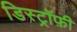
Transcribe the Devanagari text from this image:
डिस्ट्रॉफ़ी